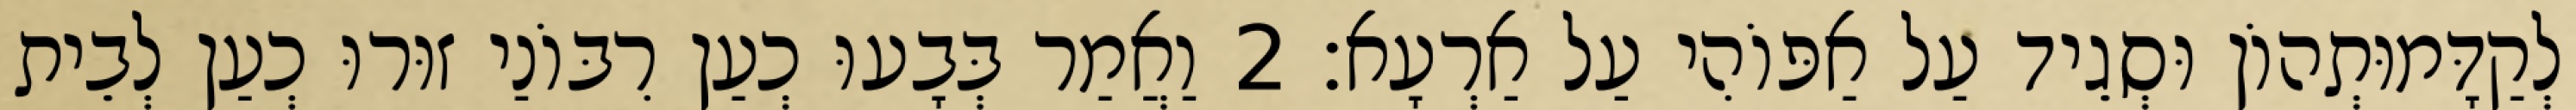
לְקַדָּמוּתְהוֹן וּסְגֵיד עַל אַפּוֹהִי עַל אַרְעָא׃ 2 וַאֲמַר בְּבָעוּ כְעַן רִבּוֹנַי זוּרוּ כְעַן לְבֵית